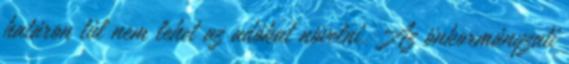
határon túl nem lehet az adókat növelni. Az önkormányzati